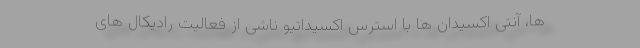
ها، آنتی اکسیدان ها با استرس اکسیداتیو ناشی از فعالیت رادیکال های